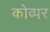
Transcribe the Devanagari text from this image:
कोव्पर